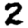
Digit: 2